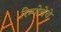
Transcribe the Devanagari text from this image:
रिम्पोचेचे